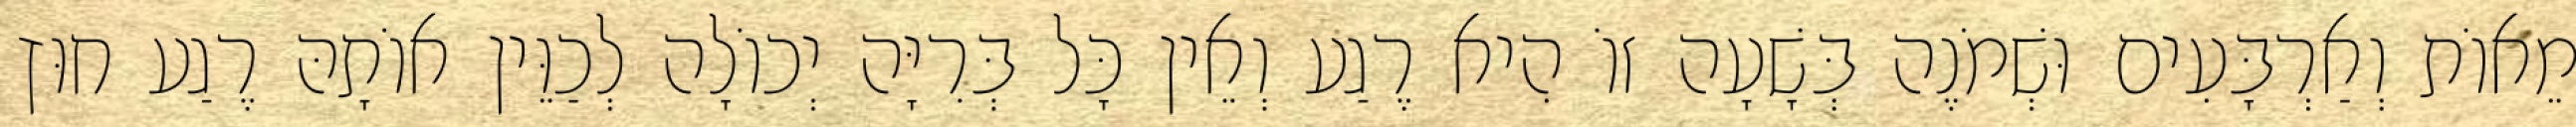
מֵאוֹת וְאַרְבָּעִים וּשְׁמֹנֶה בְּשָׁעָה זוֹ הִיא רֶגַע וְאֵין כָּל בְּרִיָּה יְכוֹלָה לְכַוֵּין אוֹתָהּ רֶגַע חוּץ